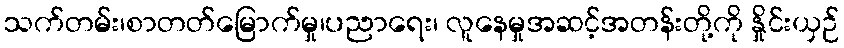
သက်တမ်း၊စာတတ်မြောက်မှု၊ပညာရေး၊ လူနေမှုအဆင့်အတန်းတို့ကို နှိုင်းယှဉ်